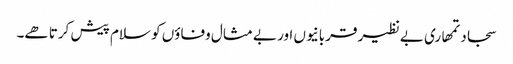
سجاد تمھاری بے نظیر قربانیوں اور بے مثال وفاؤں کو سلام پیش کرتا ھے۔